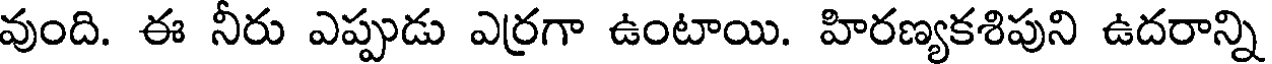
వుంది. ఈ నీరు ఎప్పుడు ఎర్రగా ఉంటాయి. హిరణ్యకశిపుని ఉదరాన్ని